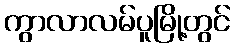
ကွာလာလမ်ပူမြို့တွင်